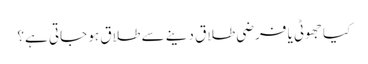
کیا جھوٹی یا فرضی طلاق دینے سے طلاق ہو جاتی ہے؟